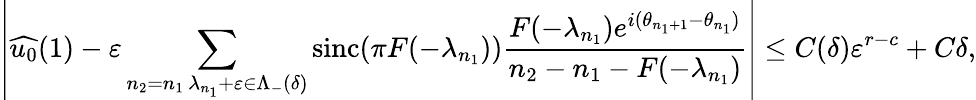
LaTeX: \left|\widehat{u_{0}}(1)-\varepsilon\sum_{\substack{n_{2}=n_{1}\, \lambda_{n_{1}}+\varepsilon\in\Lambda_{-}(\delta)}}\operatorname{sinc}(\pi F(-\lambda_{n_{1}}))\frac{F(-\lambda_{n_{1}})e^{i(\theta_{n_{1}+1}-\theta_{n_{1}})}}{n_{2}-n_{1}-F(-\lambda_{n_{1}})}\right|\leq C(\delta)\varepsilon^{r-c}+C\delta,